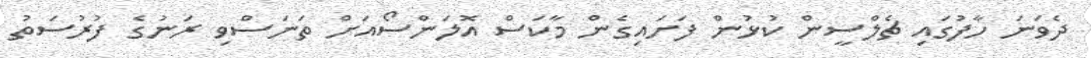
ދެވަނަ ހާފުގައި ޗެލްސީން ކުޅުން ފަށައިގެން މާކަސް އޮލަންސޯއަށް ތަނަސްވި ރަނުގެ ފުރުސަތު